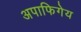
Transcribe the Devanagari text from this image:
अपाफिगेय